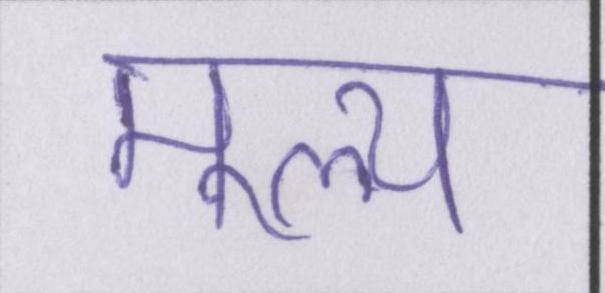
मूल्य